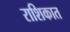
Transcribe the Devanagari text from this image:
राशिकात